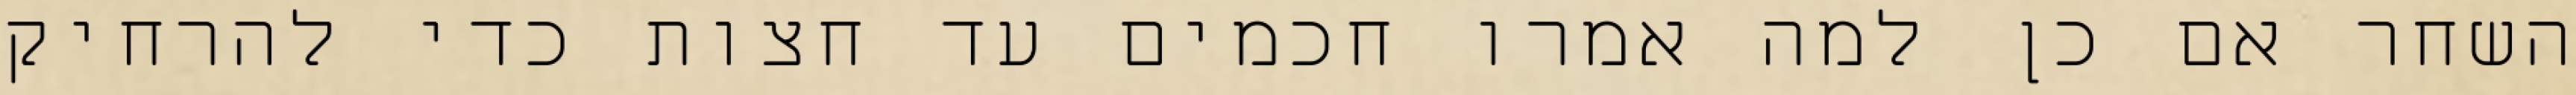
השחר אם כן למה אמרו חכמים עד חצות כדי להרחיק